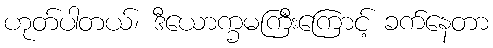
ဟုတ်ပါတယ်၊ ဒီယောက္ခမကြီးကြောင့် ခက်နေတာ